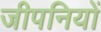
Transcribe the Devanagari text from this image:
जीपनियों